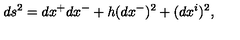
d s ^ { 2 } = d x ^ { + } d x ^ { - } + h ( d x ^ { - } ) ^ { 2 } + ( d x ^ { i } ) ^ { 2 } ,